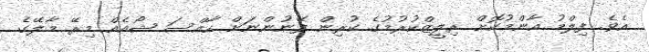
އެވެ. ފިލްމު އާންމުކޮށް ރިލީޒްކުރުމުގެ ކުރިން ފޭނުންނަށް ހާއްސަ ޝޯއެއް މިރޭ މާލޭގެ